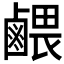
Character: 𪉭